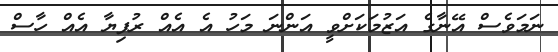
ނަމަވެސް އޭނާގެ އަޒުމަކަށްވީ އަންނަ މަހު އެ އެއް ރުފިޔާ އެއް ހާސް